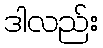
ဒါလည်း